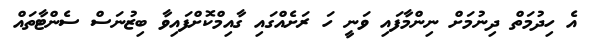
އެ ހިދުމަތް ދިނުމަށް ނިންމާފައި ވަނީ ހަ ރަށެއްގައި ގާއިމްކޮށްފައިވާ ބިޒުނަސް ސެންޓާތައް